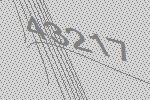
43217